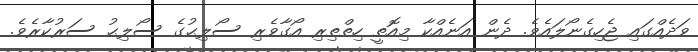
ވަދެއްގައި ޖެހިގެނޯލައެވެ. ދެން އަނެއްކާ މިއޮތީ ހިތްތިރި އޯގާވެރި ސޯލިޙުގެ ސޯލިޙު ސަރުކާރެވެ.